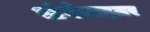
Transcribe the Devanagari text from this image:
स्टेबेलाइज़र